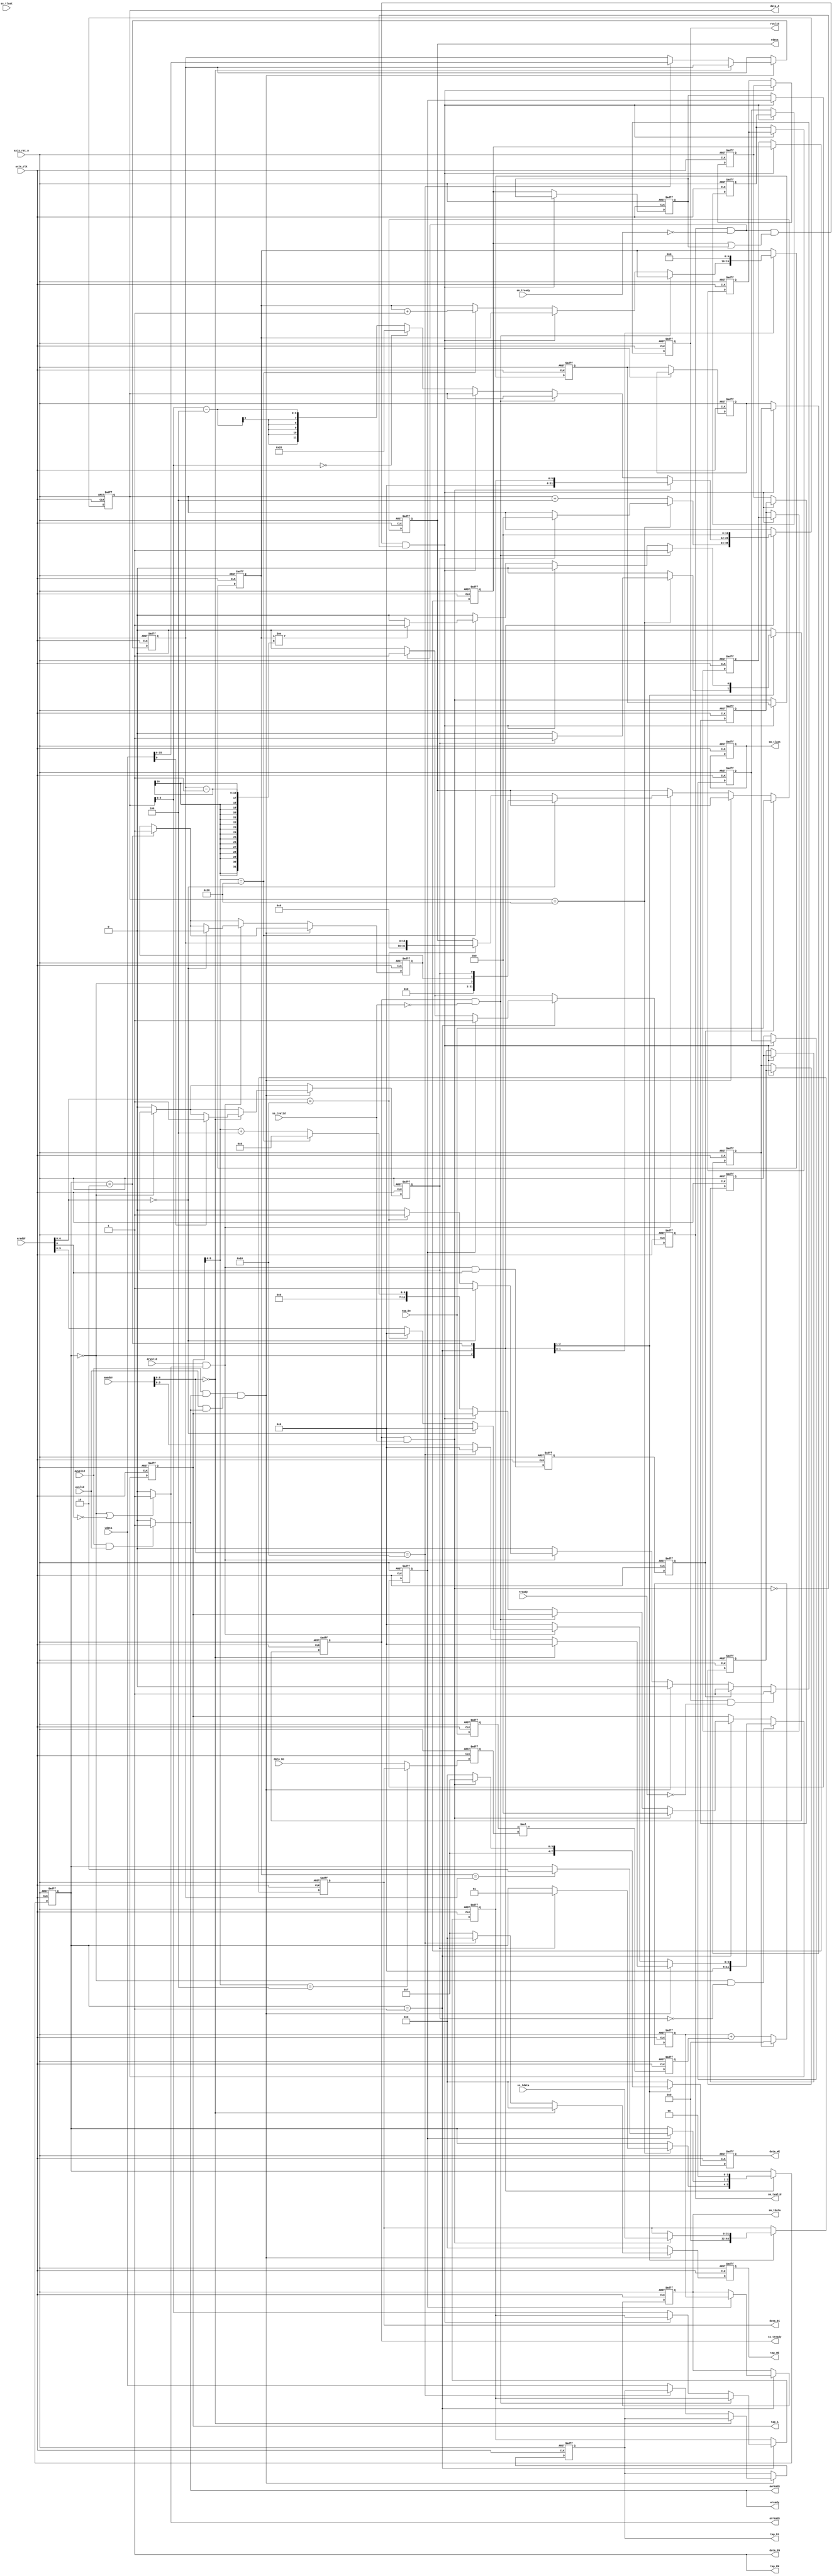
`timescale 1ns / 1ps
module fir 
#(  parameter pADDR_WIDTH = 12,
    parameter pDATA_WIDTH = 32,
    parameter Tape_Num    = 11
)
(
    // AXI Lite write
    output  wire                     awready,
    output  wire                     wready,
    input   wire                     awvalid,
    input   wire [(pADDR_WIDTH-1):0] awaddr,
    input   wire                     wvalid,
    input   wire [(pDATA_WIDTH-1):0] wdata,
    // AXI lite read
    output  wire                     arready,
    input   wire                     rready,
    input   wire                     arvalid,
    input   wire [(pADDR_WIDTH-1):0] araddr,
    output  wire                     rvalid,
    output  wire [(pDATA_WIDTH-1):0] rdata, 
    // AXI stream slave
    input   wire                     ss_tvalid, 
    input   wire [(pDATA_WIDTH-1):0] ss_tdata, 
    input   wire                     ss_tlast, 
    output  wire                     ss_tready, 
    // AXI stream master
    input   wire                     sm_tready, 
    output  wire                     sm_tvalid, 
    output  wire [(pDATA_WIDTH-1):0] sm_tdata, 
    output  wire                     sm_tlast, 
    
    // bram for tap RAM
    output  wire [3:0]               tap_WE,
    output  wire                     tap_EN,
    output  wire [(pDATA_WIDTH-1):0] tap_Di,
    output  wire [(pADDR_WIDTH-1):0] tap_A,
    input   wire [(pDATA_WIDTH-1):0] tap_Do,

    // bram for data RAM
    output  wire [3:0]               data_WE,
    output  wire                     data_EN,
    output  wire [(pDATA_WIDTH-1):0] data_Di,
    output  wire [(pADDR_WIDTH-1):0] data_A,
    input   wire [(pDATA_WIDTH-1):0] data_Do,

    input   wire                     axis_clk,
    input   wire                     axis_rst_n
);

parameter IDLE  = 0;
parameter CAL   = 1;
parameter DONE  = 2;

reg                         wready_r, wready_w;
reg                         rvalid_r, rvalid_w;
reg  [(pDATA_WIDTH-1):0]    rdata_r, rdata_w;
reg                         ss_tready_r, ss_tready_w;
reg                         sm_tvalid_r, sm_tvalid_w;
reg  [(pDATA_WIDTH-1):0]    sm_tdata_r, sm_tdata_w;
reg                         sm_tlast_r, sm_tlast_w;
reg  [3:0]                  tap_WE_r, tap_WE_w;
reg  [(pDATA_WIDTH-1):0]    tap_Di_r, tap_Di_w;
reg  [(pADDR_WIDTH-1):0]    tap_A_r, tap_A_w;
reg  [3:0]                  data_WE_r, data_WE_w;
reg  [(pDATA_WIDTH-1):0]    data_Di_r, data_Di_w;
reg  [(pADDR_WIDTH-1):0]    data_A_r, data_A_w;
reg  [1:0]                  state_r, state_w;
reg  [15:0]                 data_len_r, data_len_w;
reg                         ap_start_r, ap_start_w;
reg                         ap_done_r, ap_done_w;
reg  [9:0]                  data_cnt_r, data_cnt_w;
reg  [(pDATA_WIDTH-1):0]    sum_r, sum_w;
reg  [(pDATA_WIDTH-1):0]    product_r, product_w;
reg  [(pADDR_WIDTH-1):0]    tap_A_idle;
reg  [(pADDR_WIDTH-1):0]    tap_A_cal;

//delay
reg  [(pDATA_WIDTH-1):0]    tap_Do_d1, data_Do_d1_r, data_Do_d1_w;
reg                         ss_tin_d[0:13];
reg                         tap_read_d1, tap_read_d2;
reg  [5:0]                  data_A_last_r, data_A_last_w;
reg                         sm_stop;

wire                        tap_read;
wire                        ap_idle;

assign ap_idle      = state_r == IDLE;
assign tap_read     = arready && arvalid && araddr[6];
assign awready      = (awvalid && wvalid) ? 1 : 0;
assign wready       = awready;
assign arready      = (state_r == IDLE || !araddr[6]) ? 1 : 0; //state_r == IDLE ? 1 : araddr[6] ? 0 : 1;
assign rvalid       = rvalid_r;
assign rdata        = rdata_r;
assign ss_tready    = ss_tready_r;
assign sm_tvalid    = sm_tvalid_r;
assign sm_tdata     = sm_tdata_r;
assign sm_tlast     = sm_tlast_r;
assign tap_WE       = tap_WE_r;
assign tap_EN       = 1;
assign tap_Di       = tap_Di_r;
assign tap_A        = tap_A_r;
assign data_WE      = data_WE_r;
assign data_EN      = 1;
assign data_Di      = data_Di_r;
assign data_A       = data_A_r;

always @(*) begin
    rvalid_w        = 0;
    rdata_w         = rdata_r;
    tap_A_idle      = 0; //tap_A_r;
    tap_WE_w        = 0;
    tap_Di_w        = tap_Di_r;
    ap_start_w      = state_r == IDLE ? ap_start_r : 0;
    ap_done_w       = state_r == DONE ? 1 : ap_done_r;
    data_len_w      = data_len_r;

    // COEF write
    if((awvalid && awready) && (wvalid && wready)) begin
        if(awaddr[6:0] == 7'h0) begin
            if(wdata[0]) ap_start_w = 1;
        end
        else if(awaddr[6:0] == 7'h10) begin
            data_len_w = wdata;
        end
        else begin
            tap_WE_w = 4'b1111;
            tap_A_idle = awaddr[5:0];
            tap_Di_w = wdata;
        end
    end
    // COEF read
    else if(arvalid && arready) begin
        if(araddr[6:0] == 7'h0) begin
            rvalid_w = 1'b1;
            rdata_w = {ap_idle, ap_done_r, ap_start_r};
            ap_done_w = 0;
        end
        else if(araddr[6:0] == 7'h10) begin
            rvalid_w = 1'b1;
            rdata_w = data_len_r;
        end
        else tap_A_idle = araddr[5:0];
    end
    if(tap_read_d2) begin
        rvalid_w = 1'b1;
        rdata_w = tap_Do;
    end
    if(rvalid_r && !rready) rvalid_w = 1'b1;

end

always @(*) begin
    ss_tready_w     = 0;
    sm_tvalid_w     = (sm_tvalid_r && !sm_tready) ? 1 : 0;
    sm_tdata_w      = sm_tdata_r;
    sm_tlast_w      = sm_tlast_r;
    data_WE_w       = 0;
    data_Di_w       = data_Di_r;
    data_A_w        = data_A_r;
    state_w         = state_r;
    data_cnt_w      = data_cnt_r;
    tap_A_cal       = tap_A_r;
    data_A_last_w   = data_A_last_r;
    sm_stop         = (!sm_tready && sm_tvalid) && (ss_tin_d[11] || ss_tin_d[12]) && !(ss_tready && ss_tvalid);
    
    case(state_r)
        IDLE: begin
            data_A_w = data_A_r + 4;
            data_Di_w = 0;
            data_WE_w = 4'b1111;
            if(data_A_r == 6'h28) begin
                data_A_w = data_A_r;
                if(ap_start_r) begin
                    state_w = CAL;
                    ss_tready_w = 1;
                    data_A_w = 0;
                end
            end
        end
        CAL: begin
            if(ss_tready && !ss_tvalid) begin
                ss_tready_w = 1;
            end
            else if(!sm_stop) begin
                data_A_last_w = data_A_r;
                data_A_w = data_A_r[5:0] - 3'd4;
                tap_A_cal = tap_A_r[5:0] + 3'd4;
                if(data_A_r[5:0] == 6'h0) data_A_w = 6'h28;
                if(tap_A_r[5:0] == 6'h28) begin
                    if(data_cnt_r != data_len_r-1) ss_tready_w = 1;
                    tap_A_cal = 0;
                    data_cnt_w = data_cnt_r + 1;
                end
            end

            if(ss_tready && ss_tvalid) begin
                data_WE_w = 4'b1111;
                data_Di_w = ss_tdata;
                tap_A_cal = 0;
                data_A_w = data_A_last_r; 
            end 
            if(ss_tin_d[13]) begin 
                sm_tdata_w = sum_r;
                sm_tvalid_w = 1;
                if(data_cnt_r == data_len_r) state_w = DONE;
            end
        end
        DONE: begin
            state_w = IDLE;
            data_cnt_w = 0;
            data_A_w = 0;
        end
    endcase
end

always @(*) begin
    tap_A_w = (state_r == IDLE && !ap_start_r) ? tap_A_idle : tap_A_cal;
    data_Do_d1_w = tap_A_r[5:0] == 6'h4 ? data_Di : data_Do;
    product_w = tap_Do_d1 * data_Do_d1_r;
    sum_w = ss_tin_d[2] ? 0 : sum_r + product_r; 
end

integer i;
always @(posedge axis_clk or negedge axis_rst_n) begin
    if(!axis_rst_n) begin
        for(i = 0; i < 14; i = i + 1) ss_tin_d[i] <= 0;
    end
    else begin
        ss_tin_d[0] <= sm_stop ? ss_tin_d[0] : ss_tready && ss_tvalid;
        for(i = 1; i < 14; i = i + 1) ss_tin_d[i] <= sm_stop ? ss_tin_d[i] : ss_tin_d[i-1];
    end
end

always @(posedge axis_clk or negedge axis_rst_n) begin
    if(!axis_rst_n) begin
        rvalid_r        <= 0;
        rdata_r         <= 0;
        ss_tready_r     <= 0;
        sm_tvalid_r     <= 0;
        sm_tdata_r      <= 0;
        sm_tlast_r      <= 0;
        tap_WE_r        <= 0;
        tap_Di_r        <= 0;
        tap_A_r         <= 0;
        data_WE_r       <= 0;
        data_Di_r       <= 0;
        data_A_r        <= 0;
        state_r         <= 0;
        data_len_r      <= 0;
        ap_start_r      <= 0;
        ap_done_r       <= 0;
        data_cnt_r      <= 0;
        sum_r           <= 0;
        product_r       <= 0;
        tap_Do_d1       <= 0;
        data_Do_d1_r    <= 0;
        tap_read_d1     <= 0;
        tap_read_d2     <= 0;
        data_A_last_r   <= 0;
    end
    else begin
        rvalid_r        <= rvalid_w;
        rdata_r         <= rdata_w;
        ss_tready_r     <= ss_tready_w;
        sm_tvalid_r     <= sm_tvalid_w;
        sm_tdata_r      <= sm_tdata_w;
        sm_tlast_r      <= sm_tlast_w;
        tap_WE_r        <= tap_WE_w;
        tap_Di_r        <= tap_Di_w;
        tap_A_r         <= tap_A_w;
        data_WE_r       <= data_WE_w;
        data_Di_r       <= data_Di_w;
        data_A_r        <= data_A_w;
        state_r         <= state_w;
        data_len_r      <= data_len_w;
        ap_start_r      <= ap_start_w;
        ap_done_r       <= ap_done_w;
        data_cnt_r      <= data_cnt_w;
        sum_r           <= sum_w;
        product_r       <= product_w;
        tap_Do_d1       <= tap_Do;
        data_Do_d1_r    <= data_Do_d1_w;
        tap_read_d1     <= tap_read;
        tap_read_d2     <= tap_read_d1;
        data_A_last_r   <= data_A_last_w;
    end
end

endmodule